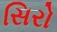
સિરો